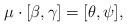
LaTeX: \begin{align*}\mu \cdot [{\beta,\gamma}] = [\theta,\psi],\end{align*}